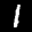
Label: 1